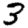
Digit: 3